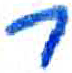
אות: ר